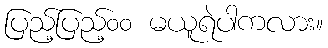
ပြည့်ပြည့်၀၀ မယူရဲပါကလား။